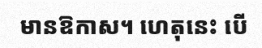
មានឱកាស។ ហេតុនេះ បើ